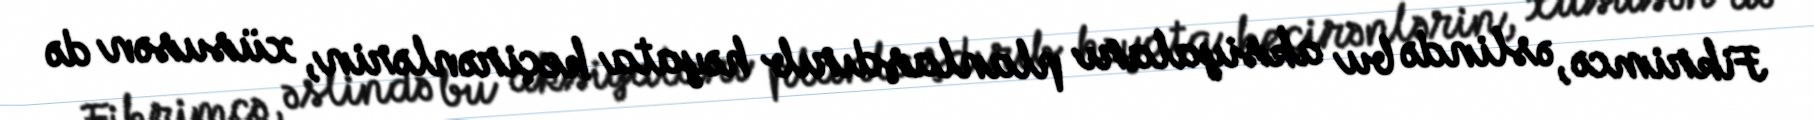
Fikrimcə, əslində bu aksiyaları planlaşdırıb həyata keçirənlərin, xüsusən də